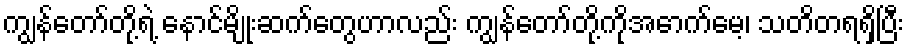
ကျွန်တော်တို့ရဲ့ နောင်မျိုးဆက်တွေဟာလည်း ကျွန်တော်တို့ကိုအောက်မေ့၊ သတိတရရှိပြီး